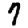
Digit: 7